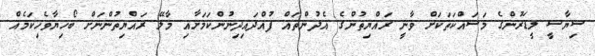
ސިޔާސީ ލީޑަރުންގެ މަސައްކަތަކަށް ވާނީ ރައްޔިތުންގެ އެދުންތައް ފުއްދައިދިނުންކަމަށާއި މާލޭ ރައްޔިތުންނަށް ބޯހިޔާވެހިކަމެއް